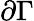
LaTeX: \partial\Gamma